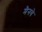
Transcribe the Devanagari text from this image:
मैनवे